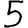
Digit: 5